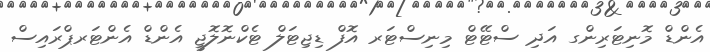
އެންޑް މޮނިޓަރިންގ އަދި ސްޓޭޓް މިނިސްޓަރ އޮފް ޑިޖިޓަލް ޓެކްނޮލޮޖީ އެންޑް އެންޓަރޕްރައިސް